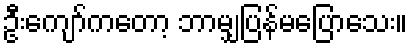
ဦးကျော်ကတော့ ဘာမျှပြန်မပြောသေး။